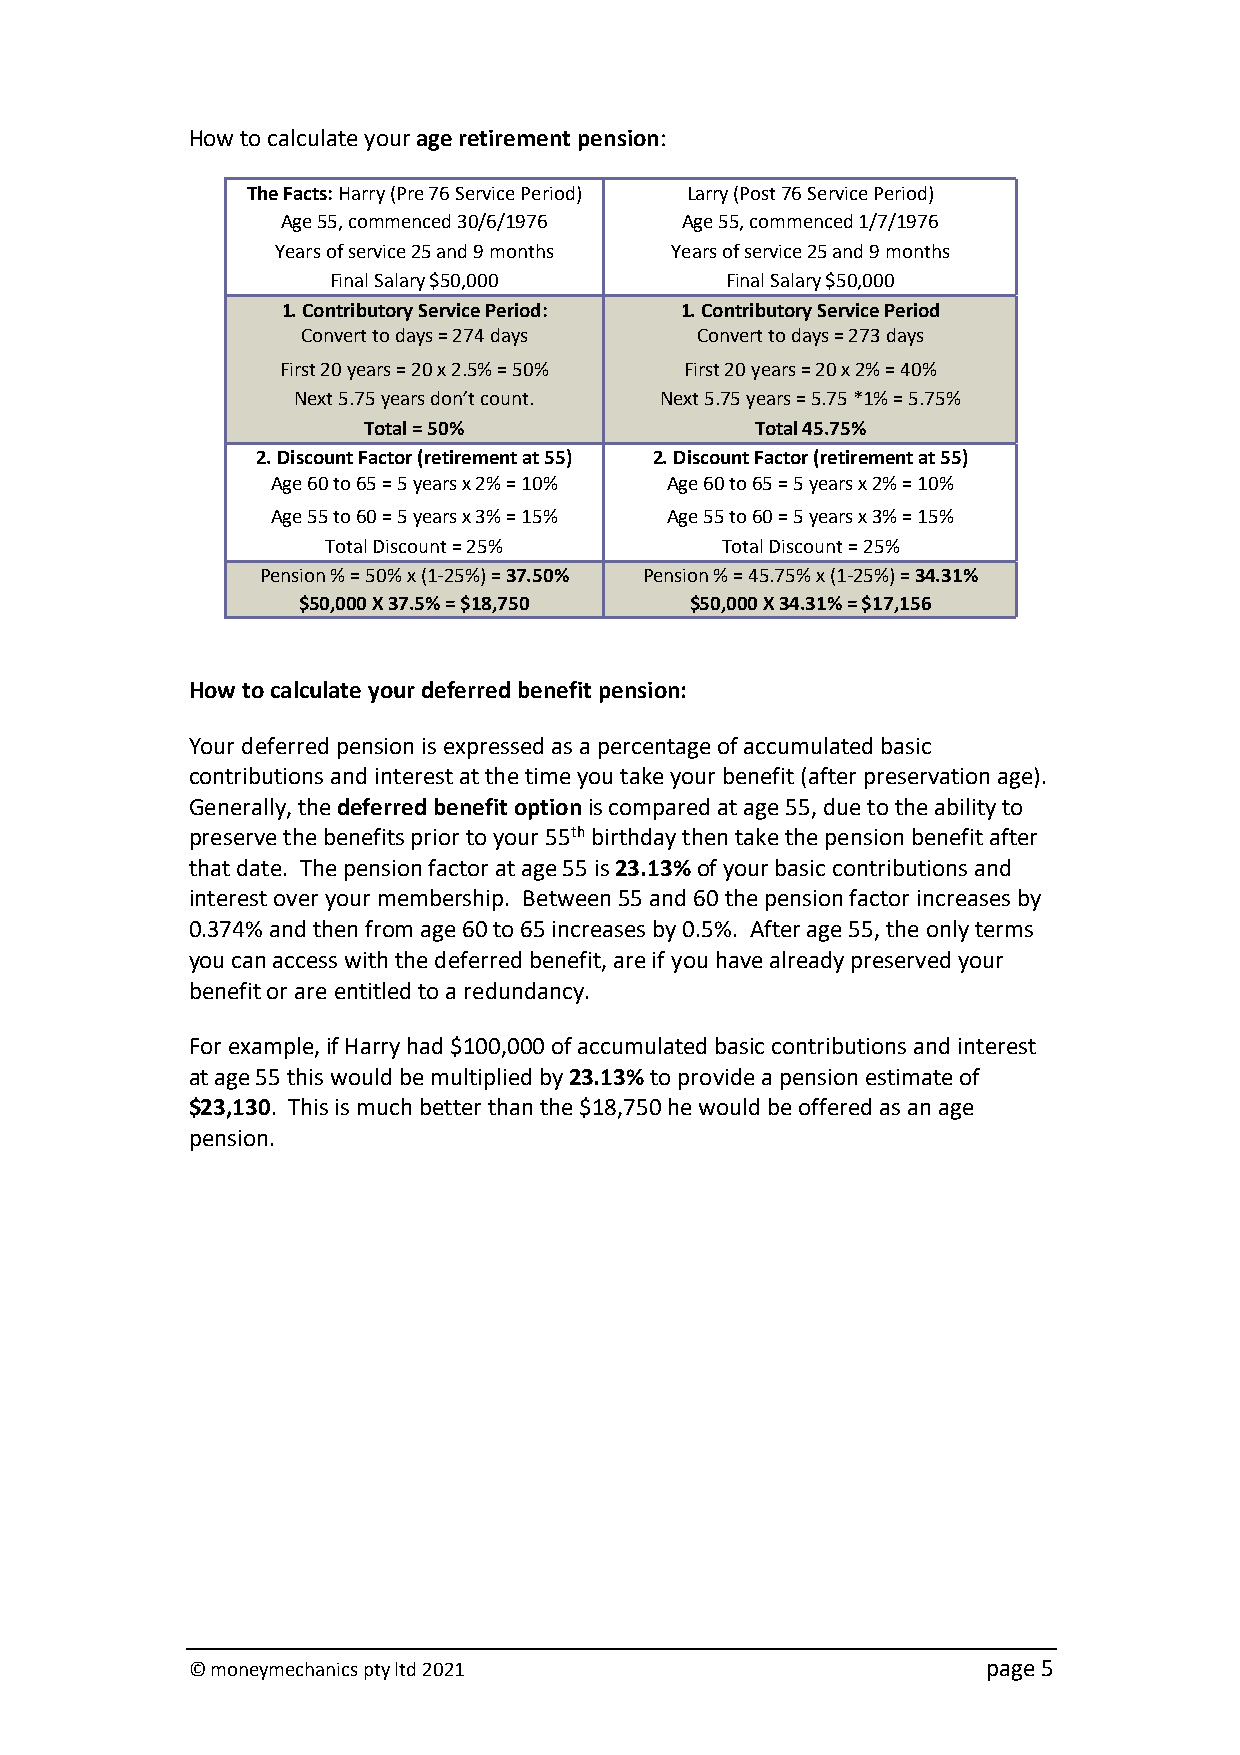
How to calculate your age retirement pension:
 The Facts: Harry (Pre 76 Service Period) Larry (Post 76 Service Period)
 Age 55, commenced 30/6/1976 Age 55, commenced 1/7/1976
 Years of service 25 and 9 months Years of service 25 and 9 months
 Final Salary $50,000      Final Salary $50,000
 1. Contributory Service Period: 1. Contributory Service Period
 Convert to days = 274 days Convert to days = 273 days
 First 20 years = 20 x 2.5% = 50% First 20 years = 20 x 2% = 40%
 Next 5.75 years don’t count. Next 5.75 years = 5.75 *1% = 5.75%
 Total = 50%               Total 45.75%
 2. Discount Factor (retirement at 55) 2. Discount Factor (retirement at 55)
 Age 60 to 65 = 5 years x 2% = 10% Age 60 to 65 = 5 years x 2% = 10%
 Age 55 to 60 = 5 years x 3% = 15% Age 55 to 60 = 5 years x 3% = 15%
 Total Discount = 25%      Total Discount = 25%
 Pension % = 50% x (1-25%) = 37.50% Pension % = 45.75% x (1-25%) = 34.31%
 $50,000 X 37.5% = $18,750 $50,000 X 34.31% = $17,156
 How to calculate your deferred benefit pension:
 Your deferred pension is expressed as a percentage of accumulated basic
 contributions and interest at the time you take your benefit (after preservation age).
 Generally, the deferred benefit option is compared at age 55, due to the ability to
 preserve the benefits prior to your 55th birthday then take the pension benefit after
 that date. The pension factor at age 55 is 23.13% of your basic contributions and
 interest over your membership. Between 55 and 60 the pension factor increases by
 0.374% and then from age 60 to 65 increases by 0.5%. After age 55, the only terms
 you can access with the deferred benefit, are if you have already preserved your
 benefit or are entitled to a redundancy.
 For example, if Harry had $100,000 of accumulated basic contributions and interest
 at age 55 this would be multiplied by 23.13% to provide a pension estimate of
 $23,130. This is much better than the $18,750 he would be offered as an age
 pension.
 © moneymechanics pty ltd 2021                        page 5